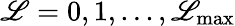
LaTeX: \mathscr{L}=0,1,...,\mathscr{L}_{\mathrm{{max}}}